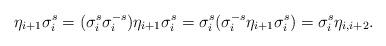
LaTeX: \begin{align*} \eta_{i+1} \sigma_{i}^s = ( \sigma_{i}^{s} \sigma_{i}^{-s}) \eta_{i+1} \sigma_{i}^s= \sigma_{i}^{s} (\sigma_{i}^{-s} \eta_{i+1} \sigma_{i}^s)= \sigma_{i}^s \eta_{i,i+2}.\end{align*}